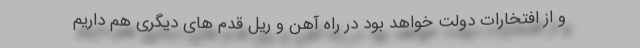
و از افتخارات دولت خواهد بود در راه آهن و ریل قدم های دیگری هم داریم